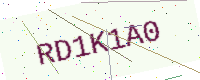
Text: RD1K1A0